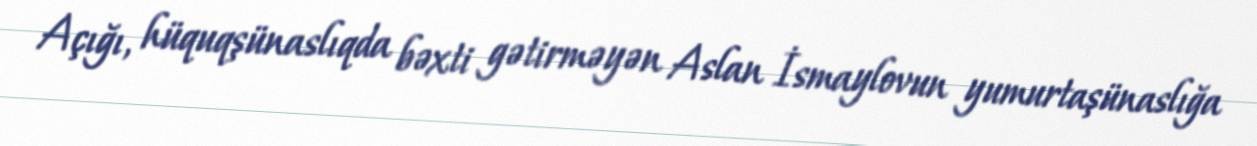
Açığı, hüquqşünaslıqda bəxti gətirməyən Aslan İsmaylovun yumurtaşünaslığa